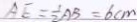
A E = \frac { 1 } { 2 } A B = 6 c m